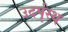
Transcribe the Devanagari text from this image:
उदर्पृस्थ